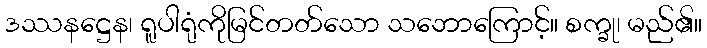
ဒဿနဋ္ဌေန၊ ရူပါရုံကိုမြင်တတ်သော သဘောကြောင့်။ စက္ခု၊ မည်၏။